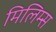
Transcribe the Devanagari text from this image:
मिलिम्स